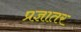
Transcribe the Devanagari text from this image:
प्रज्ञातर